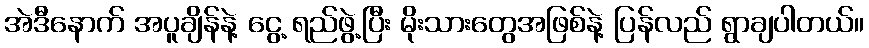
အဲဒီနောက် အပူချိန်နဲ့ ငွေ့ ရည်ဖွဲ့ပြီး မိုးသားတွေအဖြစ်နဲ့ ပြန်လည် ရွာချပါတယ်။